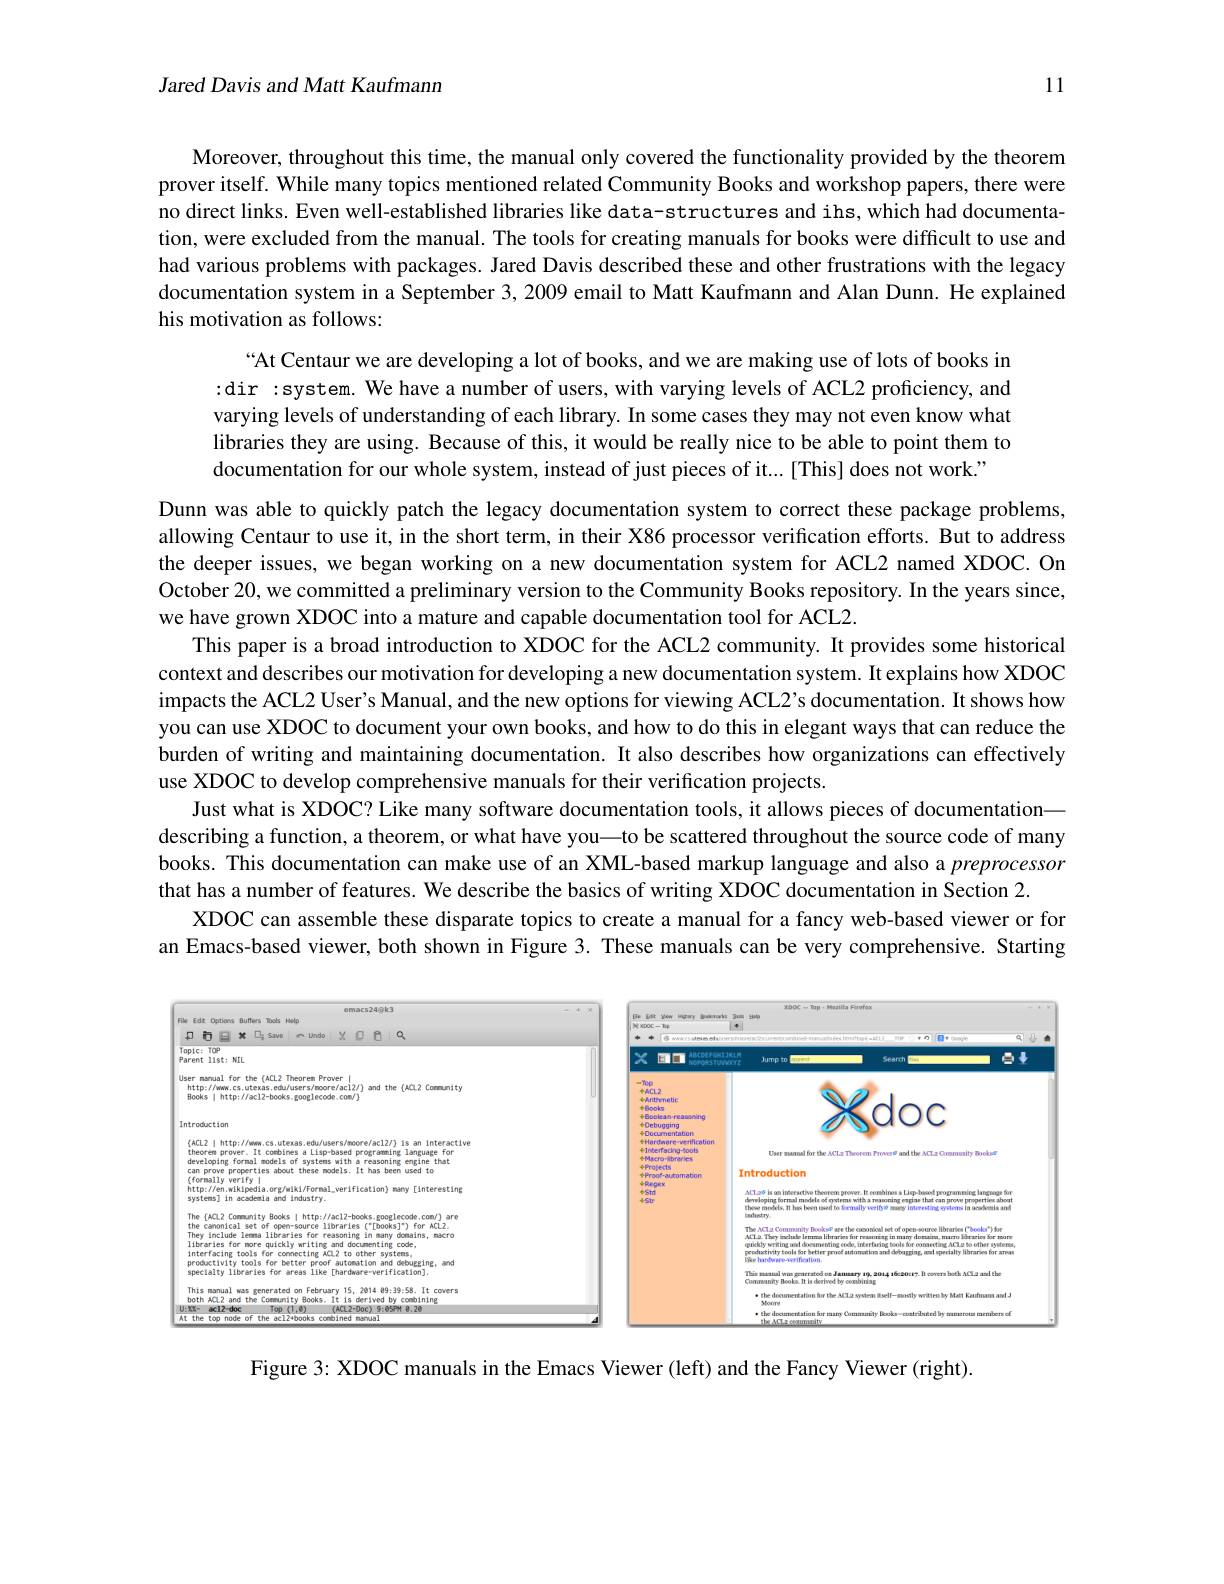
11

Jared Davis and Matt Kaufmann

Moreover, throughout this time, the manual only covered the functionality provided by the theorem prover itself. While many topics mentioned related Community Books and workshop papers, there were no direct links. Even well-established libraries like data-structures and ihs, which had documentation, were excluded from the manual. The tools for creating manuals for books were difficult to use and had various problems with packages. Jared Davis described these and other frustrations with the legacy documentation system in a September 3, 2009 email to Matt Kaufmann and Alan Dunn. He explained

his motivation as follows:

“At Centaur we are developing a lot of books, and we are making use of lots of books in :dir :system. We have a number of users, with varying levels of ACL2 proficiency, and varying levels of understanding of each library. In some cases they may not even know what libraries they are using. Because of this, it would be really nice to be able to point them to documentation for our whole system, instead of just pieces of it... [This] does not work."

Dunn was able to quickly patch the legacy documentation system to correct these package problems, allowing Centaur to use it, in the short term, in their X86 processor verification efforts. But to address the deeper issues, we began working on a new documentation system for ACL2 named XDOC. On October 20, we committed a preliminary version to the Community Books repository. In the years since, we have grown XDOC into a mature and capable documentation tool for ACL2.
This paper is a broad introduction to XDOC for the ACL2 community. It provides some historical context and describes our motivation for developing a new documentation system. It explains how XDOC impacts the ACL2 User's Manual, and the new options for viewing ACL2's documentation. It shows how you can use XDOC to document your own books, and how to do this in elegant ways that can reduce the burden of writing and maintaining documentation. It also describes how organizations can effectively use XDOC to develop comprehensive manuals for their verification projects.
Just what is XDOC? Like many software documentation tools, it allows pieces of documentation— describing a function, a theorem, or what have you—to be scattered throughout the source code of many books. This documentation can make use of an XML-based markup language and also a preprocessor that has a number of features. We describe the basics of writing XDOC documentation in Section 2
XDOC can assemble these disparate topics to create a manual for a fancy web-based viewer or for an Emacs-based viewer, both shown in Figure 3. These manuals can be very comprehensive. Starting

<FigureHere>

Figure 3: XDOC manuals in the Emacs Viewer (left) and the Fancy Viewer (right).